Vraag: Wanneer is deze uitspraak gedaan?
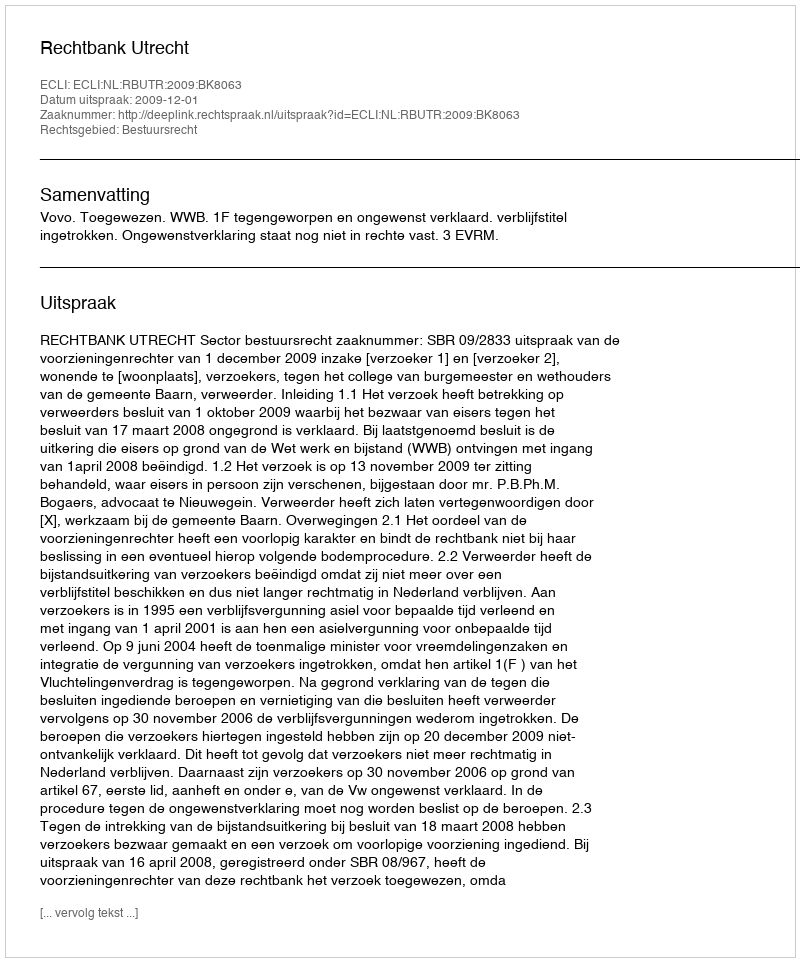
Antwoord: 2009-12-01